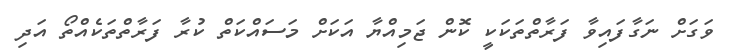
ވަގަށް ނަގާފައިވާ ފަރާތްތަކަކީ ކޮން ޖަމިއްޔާ އަކަށް މަސައްކަތް ކުރާ ފަރާތްތަކެއްތޯ އަދި